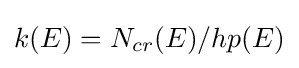
k(E)=N_{cr}(E)/hp(E)